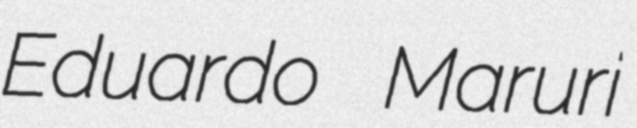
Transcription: Eduardo Maruri